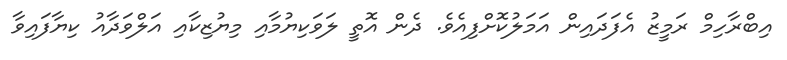
އިބްރާހިމް ރަމީޒު އެފަދައިން އަމަލުކޮށްފިއެވެ. ދެން އޮތީ ލަވަކިޔުމާއި މިޔުޒިކާއި އަލްވަދާއު ކިޔާފައިވާ